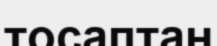
тосаптан